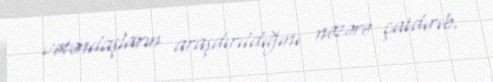
vətəndaşların araşdırıldığını nəzərə çatdırıb.